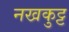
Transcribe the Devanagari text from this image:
नखकुट्ट